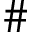
\#